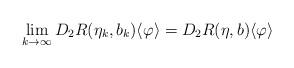
LaTeX: \begin{align*}\lim_{k \to \infty} D_2R(\eta_k, b_k) \langle \varphi \rangle = D_2R(\eta, b) \langle \varphi \rangle\end{align*}